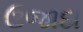
ઉજાદા